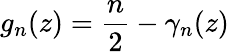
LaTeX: g_{n}(z)=\frac{n}{2}-\gamma_{n}(z)